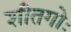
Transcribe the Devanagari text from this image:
शीतगोः